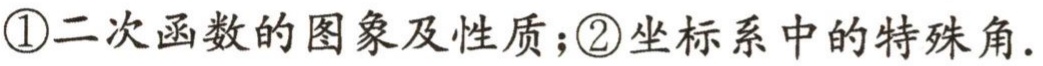
\textcircled{1}二次函数的图象及性质；\textcircled{2}坐标系中的特殊角.